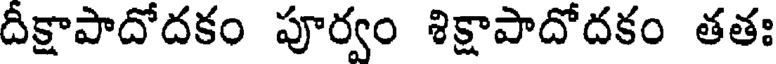
దీక్షాపాదోదకం పూర్వం శిక్షాపాదోదకం తతః